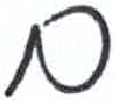
אות: ם